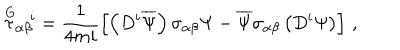
\stackrel { \mathrm { G } } { \tau } _ { \alpha \beta } { } ^ { \! i } = \frac { 1 } { 4 m i } \left[ \left( D ^ { i } \overline { { { \Psi } } } \right) \sigma _ { \alpha \beta } \Psi - \overline { { { \Psi } } } \sigma _ { \alpha \beta } \left( D ^ { i } \Psi \right) \right] \, ,